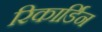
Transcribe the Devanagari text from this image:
रिकार्डिन